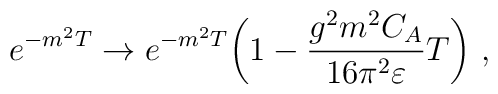
e^{-m^2 T} \rightarrow e^{-m^2 T}\biggl(1-\frac{g^2 m^2 C_A}{16\pi^2\varepsilon}T \biggr)  \ ,